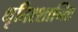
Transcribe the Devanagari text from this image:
धृतिश्शान्तिः